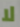
لا